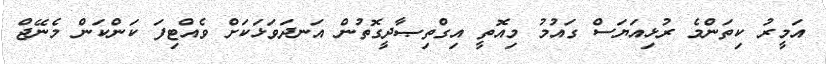
އަމީރު ކިތަންމެ ރުޅިއަޔަސް ގައުމު މިއޮތީ އިގްތިޞާދީގޮތުން އަނދަވަޅަކަށް ވެއްޓިފަ ކަންކަން މެނޭޖް